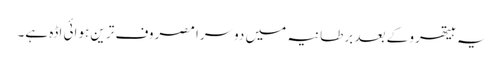
یہ ہیتھرو کے بعد برطانیہ میں دوسرا مصروف ترین ہوائی اڈہ ہے۔